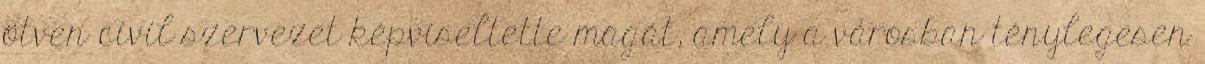
ötven civil szervezet képviseltette magát, amely a városban ténylegesen